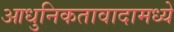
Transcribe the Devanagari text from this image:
आधुनिकतावादामध्ये